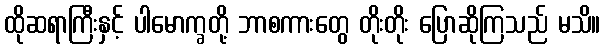
ထိုဆရာကြီးနှင့် ပါမောက္ခတို့ ဘာစကားတွေ တိုးတိုး ပြောဆိုကြသည် မသိ။